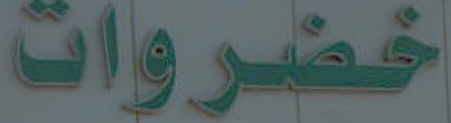
خضروات